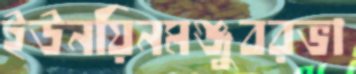
ইউনয়িনমঞ্জুবরভা